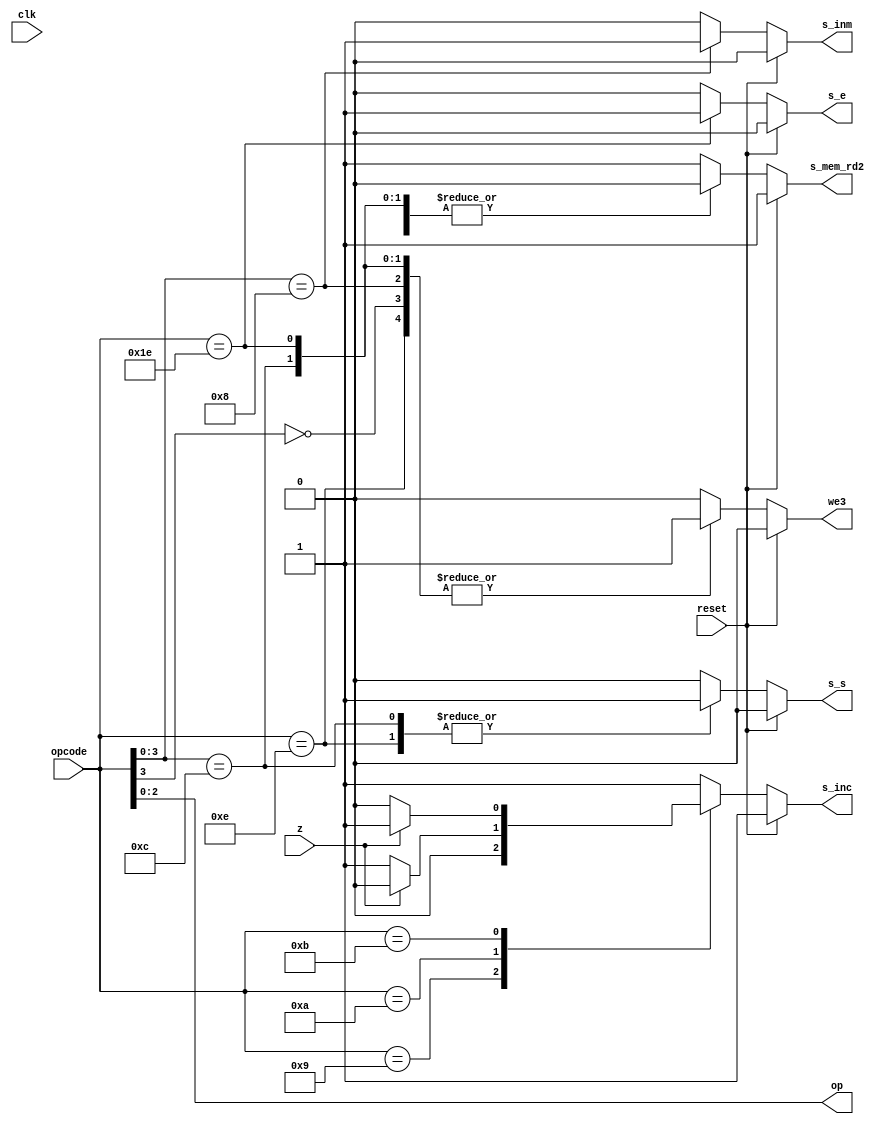
module uc(input wire clk, reset, z, input wire [5:0] opcode, output reg s_inc, s_inm,s_e,s_s,s_mem_rd2, we3, output wire [2:0] op);
assign op = opcode[2:0];

always @(*)

  if (reset == 1'b1)
  begin
  $display ("RESET");
    we3 <= 1'b0;		//no permite escribir registro
    s_inm <= 1'b0;		//no constante inmediata	  
    s_inc <= 1'b1;		//stay
    s_e <= 1'b0;		//no se usa ES
    s_mem_rd2 <= 1'b1;	//acuerdate de poner 0
    s_s<=1'b0;			//no hay salida a puerto
  end
  
  else
  begin
    casex (opcode)
	
	//ALU
	6'bxx0xxx:
	  begin
	    $display ("Op. ALU");
	    we3 <= 1'b1;		//permite escribir registro
	    $display("op=%b", op);
	    s_inc <= 1'b1;		//pc+1
	    s_inm <= 1'b0;		//no constante inmediata
	    s_e <= 1'b0;		//no se usa E, se usa ALU
	    s_mem_rd2 <= 1'b0;	//
	    s_s<=1'b0;			//no hay salida a puerto
	  end
	  
	//CARGA
	6'bxx1000:
	  begin
	  $display ("Op. CARGA");
	  	s_s <=1'b0;			//no hay salida a puerto
	    we3 <= 1'b1;		//permite escribir registro
	    s_inc <= 1'b1;		//pc+1
	    s_inm <= 1'b1;		//constante inmediata
	    s_e <= 1'b0;		//no se usa ES
	    s_mem_rd2 <= 1'b0;	//

	  end
	  
	//SALTO ABSOLUTO
	6'b001001:
	  begin
	  $display ("Op. SALTO");
	    we3 <= 1'b0;		//no permite escribir registro
	    s_inc <= 1'b0;		//salto
	    s_inm <= 1'b0;		//no constante inmediata
	    s_e <= 1'b0;		//no se usa ES
	    s_mem_rd2 <= 1'b0;	//
	    s_s<=1'b0;			//no hay salida a puerto
	  end
	  
	//SALTO CONDICIONAL
	6'b001010:
	  begin
	  $display ("Op. SALTO CONDICIONAL == 0");
	    we3 <= 1'b0;		//no permite escribir registro
	    s_inm <= 1'b0;		//no constante inmediata	  
	    s_e <= 1'b0;		//no se usa ES
	    s_mem_rd2 <= 1'b0;	//
	    s_s<=1'b0;			//no hay salida a puerto
	    if(z == 1'b1)
	      s_inc <= 1'b0;		//salto
	    else
	      s_inc <= 1'b1;		//pc+1
	  end

	6'b001011:
	  begin
	  $display ("Op. SALTO CONDICIONAL != 0");
	    we3 <= 1'b0;		//no permite escribir registro
	    s_inm <= 1'b0;		//no constante inmediata	  
	    s_e <= 1'b0;		//no se usa ES
	    s_mem_rd2 <= 1'b0;	//
	    s_s<=1'b0;			//no hay salida a puerto
	    if(z != 1'b1)
	      s_inc <= 1'b0;		//salto
	    else
	      s_inc <= 1'b1;		//pc+1
	  end  

	6'bxx1100:
	  begin
	  $display ("Op. SALIDA MEM PRG");
	  	we3 <= 1'b1;		//permite escribir registro
	    s_inc <= 1'b1;		//pc+1
	    s_inm <= 1'b0;		//no constante inmediata
	    s_e <= 1'b0;		//NO se usa E, se usa S
	    s_mem_rd2 <= 1'b0;	//sale de memoria
	    s_s<=1'b1;			//hay salida a puerto
	  end	  

	6'b001110:
	  begin
	  $display ("Op. SALIDA REGISTRO");
		we3 <= 1'b1;		//permite escribir registro
	    s_inc <= 1'b1;		//pc+1
	    s_inm <= 1'b0;		//no constante inmediata
	    s_e <= 1'b0;		//NO se usa E, se usa S
	    s_mem_rd2 <= 1'b1;	//sale del banco de registros
	    s_s<=1'b1;			//hay salida a puerto
	  end	  

	6'b011110:
	  begin
	  $display ("Op. LECTURA ENTRADA");
	  	we3 <= 1'b1;		//permite escribir registro
	    s_inc <= 1'b1;		//pc+1
	    s_inm <= 1'b0;		//no constante inmediata	  
	    s_e <= 1'b1;		//se usa E
	    s_mem_rd2 <= 1'b0;	//
	    s_s<=1'b0;			//no hay salida a puerto
	  end	  	  
	  
	//DEFECTO
	default:
	  begin
	    we3 <= 1'b0;		//no permite escribir registro
	    s_inm <= 1'b0;		//no constante inmediata	  
	    s_inc <= 1'b1;		//pc+1
	    s_e <= 1'b0;		//no se usa E
	    s_mem_rd2 <= 1'b1;	//
	    s_s<=1'b0;			//no hay salida a puerto
	  end

    endcase
  end	
endmodule